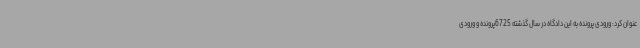
عنوان کرد: ورودی پرونده به این دادگاه در سال گذشته 6725پرونده و ورودی